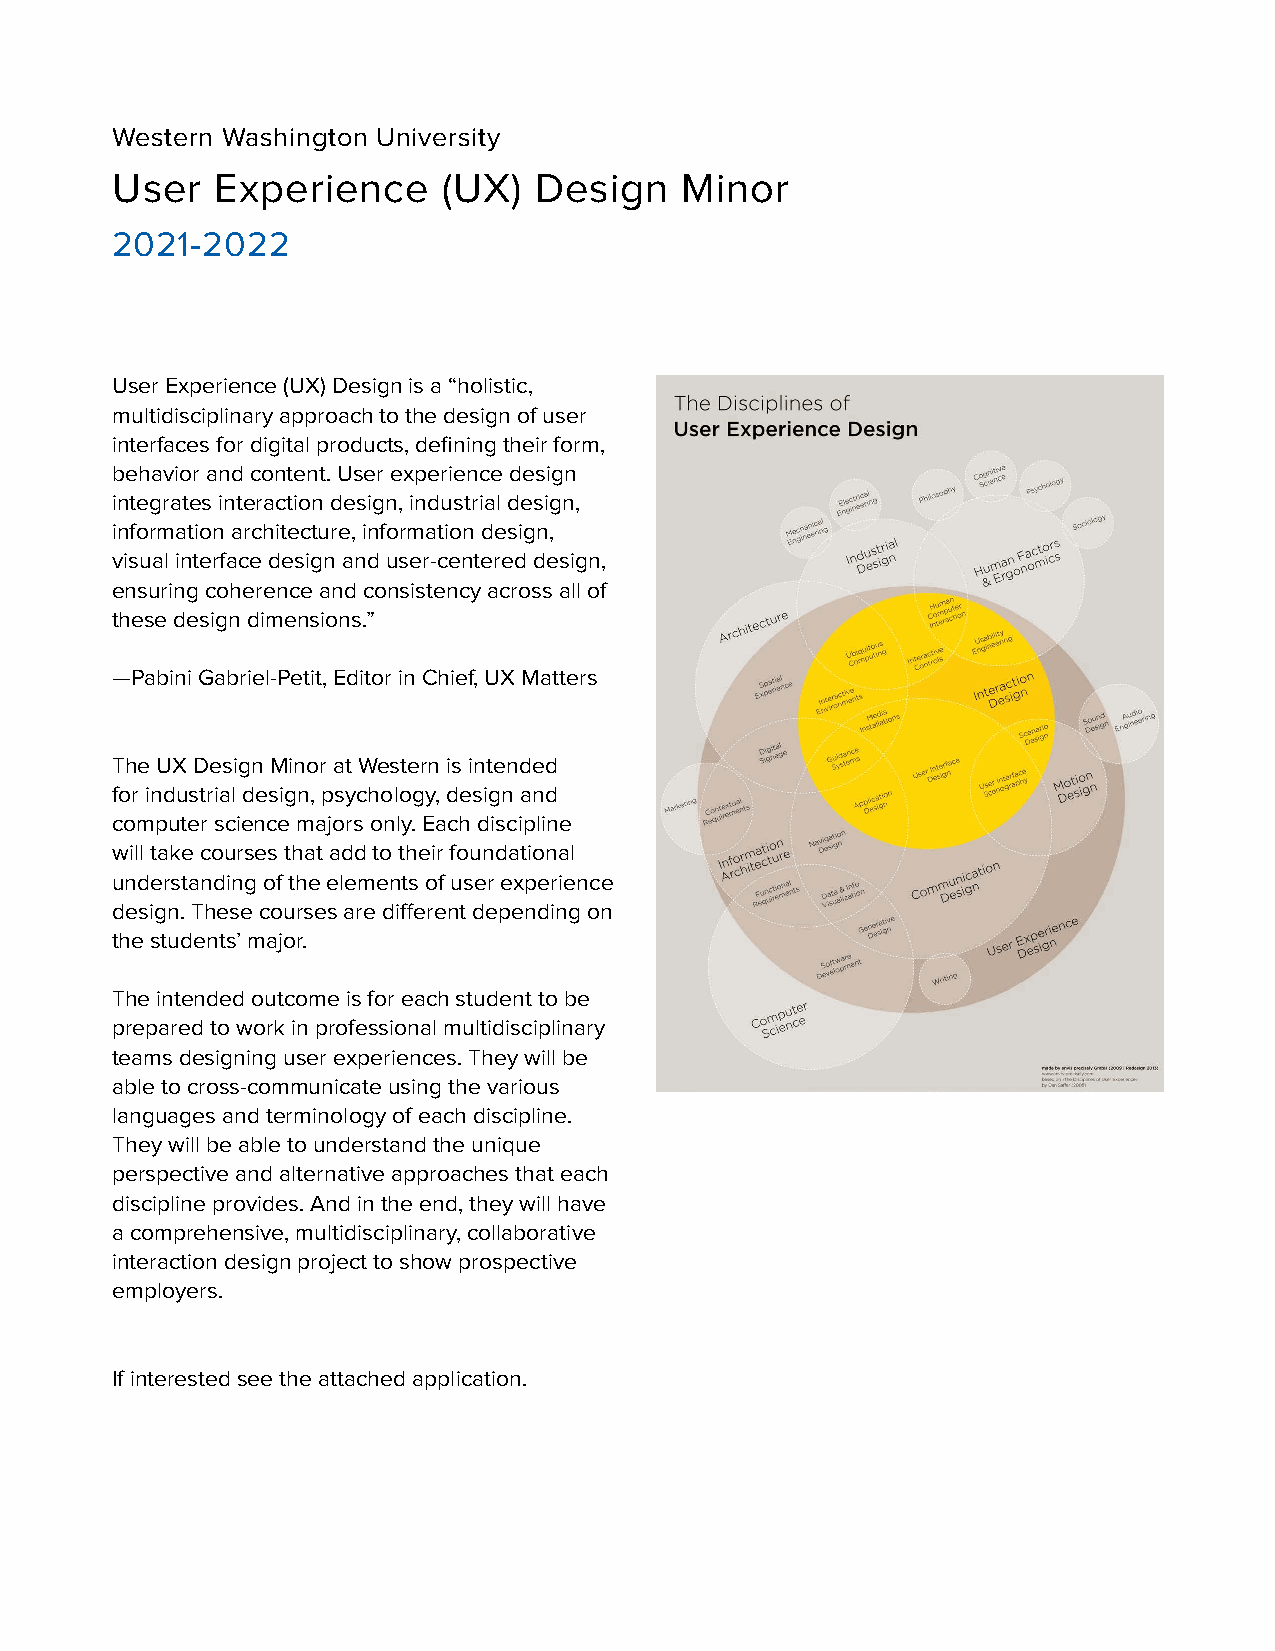
Western Washington University
 User   Experience     (UX)  Design    Minor
 2021-2022
 User Experience (UX) Design is a “holistic,
 multidisciplinary approach to the design of user
 interfaces for digital products, defining their form,
 behavior and content. User experience design
 integrates interaction design, industrial design,
 information architecture, information design,
 visual interface design and user-centered design,
 ensuring coherence and consistency across all of
 these design dimensions.”
 —Pabini Gabriel-Petit, Editor in Chief, UX Matters
 The UX Design Minor at Western is intended
 for industrial design, psychology, design and
 computer science majors only. Each discipline
 will take courses that add to their foundational
 understanding of the elements of user experience
 design. These courses are different depending on
 the students’ major.
 The intended outcome is for each student to be
 prepared to work in professional multidisciplinary
 teams designing user experiences. They will be
 able to cross-communicate using the various
 languages and terminology of each discipline.
 They will be able to understand the unique
 perspective and alternative approaches that each
 discipline provides. And in the end, they will have
 a comprehensive, multidisciplinary, collaborative
 interaction design project to show prospective
 employers.
 If interested see the attached application.